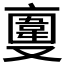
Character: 𠆎